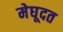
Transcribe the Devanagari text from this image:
मेघूदत